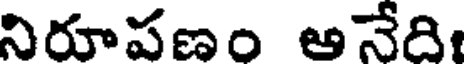
నిరూపణం ఆనేది